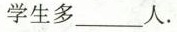
学生多___人